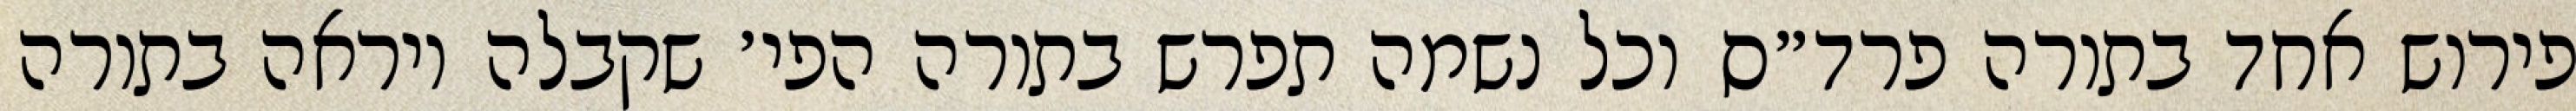
פירוש אחד בתורה פרד״ס וכל נשמה תפרש בתורה הפי׳ שקבלה ויראה בתורה